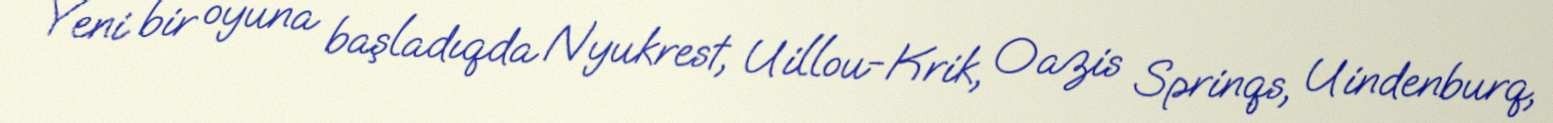
Yeni bir oyuna başladıqda Nyukrest, Uillou-Krik, Oazis Sprinqs, Uindenburq,